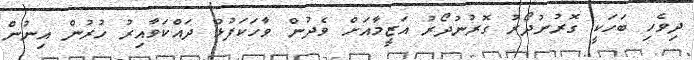
ދިވެހި ބަހަކީ ގޮރުނުދޯރު ގޮރުނުދޯރު އަޒީމާއަށް ވެދުން ވާހަކަފުޅު ދައްކަވާއިރު ހުރުން އިނުން